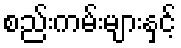
စည်းကမ်းများနှင့်